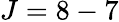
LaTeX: J=8-7